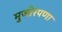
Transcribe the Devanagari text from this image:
मुजोरपणा